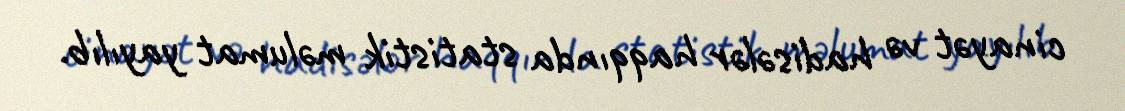
cinayət və hadisələr haqqında statistik məlumat yayılıb.